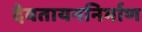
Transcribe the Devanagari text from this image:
देवतायननिर्माण